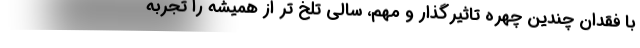
با فقدان چندین چهره تاثیرگذار و مهم، سالی تلخ تر از همیشه را تجربه